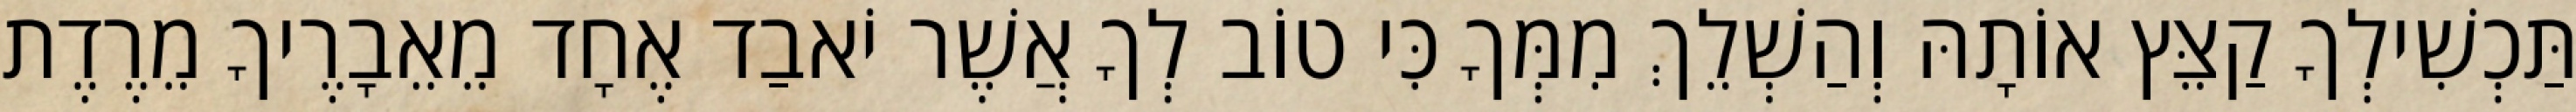
תַּכְשִׁילְךָ קַצֵּץ אוֹתָהּ וְהַשְׁלֵךְ מִמְּךָ כִּי טוֹב לְךָ אֲשֶׁר יֹאבַד אֶחָד מֵאֵבָרֶיךָ מֵרֶדֶת